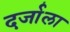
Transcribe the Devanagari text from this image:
दर्जाला